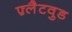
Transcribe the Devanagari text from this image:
फ़्लैटवुड